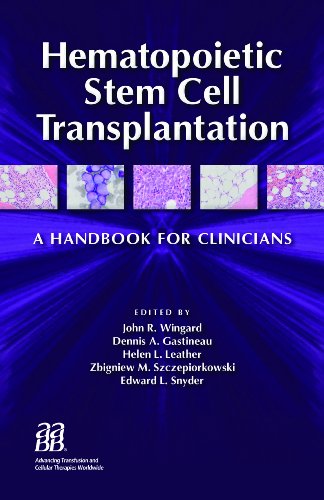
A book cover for Hematopoietic Stem Cell Transplantation: A Handbook for Clinicians; American Association of Blood Banks (AABB); Health, Fitness & Dieting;